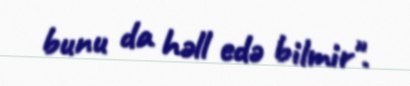
bunu da həll edə bilmir".